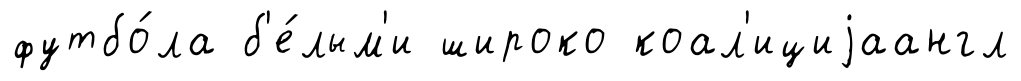
футбо́ла б'е́лым'и широко коал'ициjаангл